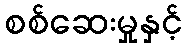
စစ်ဆေးမှုနှင့်